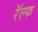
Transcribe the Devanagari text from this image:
रॅल्फ